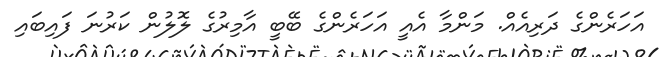
އަހަރެންގެ ދަރިއެއް. މަންމާ އެއީ އަހަރެންގެ ބޭބީ އާމިރުގެ ލޮލުން ކަރުނަ ފައިބައި